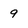
Character: 9